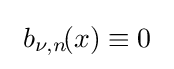
\ b_{\nu ,n}\!(x)\equiv 0\